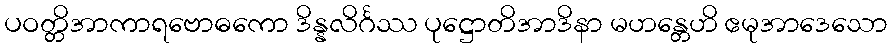
ပဝတ္တိအာကာရဗောဓကော ဒိန္နလိင်္ဂဿ ပုဋ္ဌောတိအာဒိနာ မဟန္တေဟိ ဧမုအာဒေသော